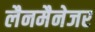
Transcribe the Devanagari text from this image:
लैनमैनेजर